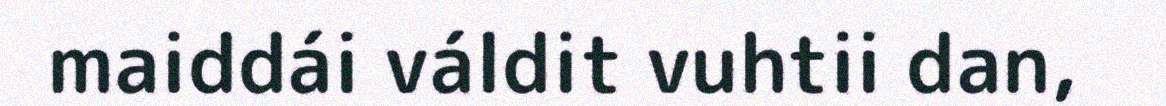
maiddái váldit vuhtii dan,